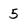
Character: 5